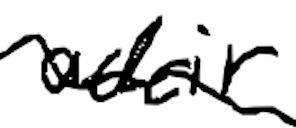
Text: Adair
Cross-out: wave
Writing tool: digital_black